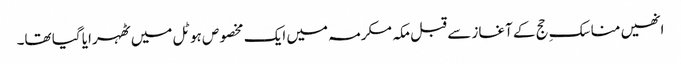
انھیں مناسکِ حج کے آغاز سے قبل مکہ مکرمہ میں ایک مخصوص ہوٹل میں ٹھہرایا گیا تھا۔